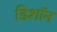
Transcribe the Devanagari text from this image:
डिशॉन